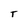
Character: T